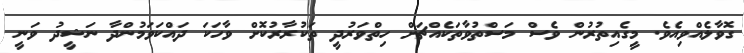
ގޮވާލެއްވިއެވެ. މީގެއިތުރުން ވެސް މަސްތުވާތަކެއްޗަށް ހިތްވަރުދީ ތަކުރާރުކޮށް ވާހަކަ ދައްކަވަމުންދާ ނަޝީދު ވަނީ